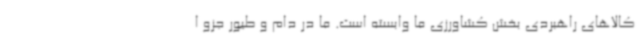
کالاهای راهبردی بخش کشاورزی ما وابسته است. ما در دام و طیور جزو ا